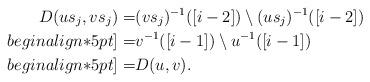
LaTeX: \begin{align*}D(us_j,vs_j)=& (vs_j)^{-1}([i-2])\setminus (us_j)^{-1}([i-2])\\begin{align*}5pt]=& v^{-1}([i-1])\setminus u^{-1}([i-1])\\begin{align*}5pt]=&D(u,v).\end{align*}